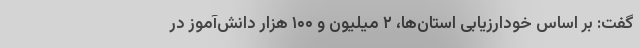
گفت: بر اساس خودارزیابی استان‌ها، ۲ میلیون و ۱۰۰ هزار دانش‌آموز در